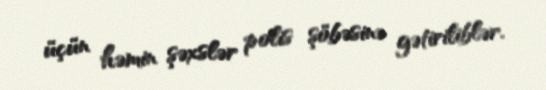
üçün həmin şəxslər polis şöbəsinə gətiriliblər.